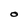
Character: O